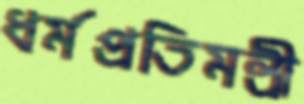
ধর্মপ্রতিমন্ত্রী